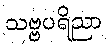
သဗ္ဗပရိညာ